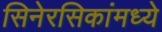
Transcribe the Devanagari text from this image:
सिनेरसिकांमध्ये